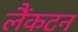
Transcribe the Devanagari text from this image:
लैंकटन